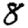
Digit: 8